Report of the Indian Hemp Drugs Commission, 1894-1895 - Volume II
Year: 1894
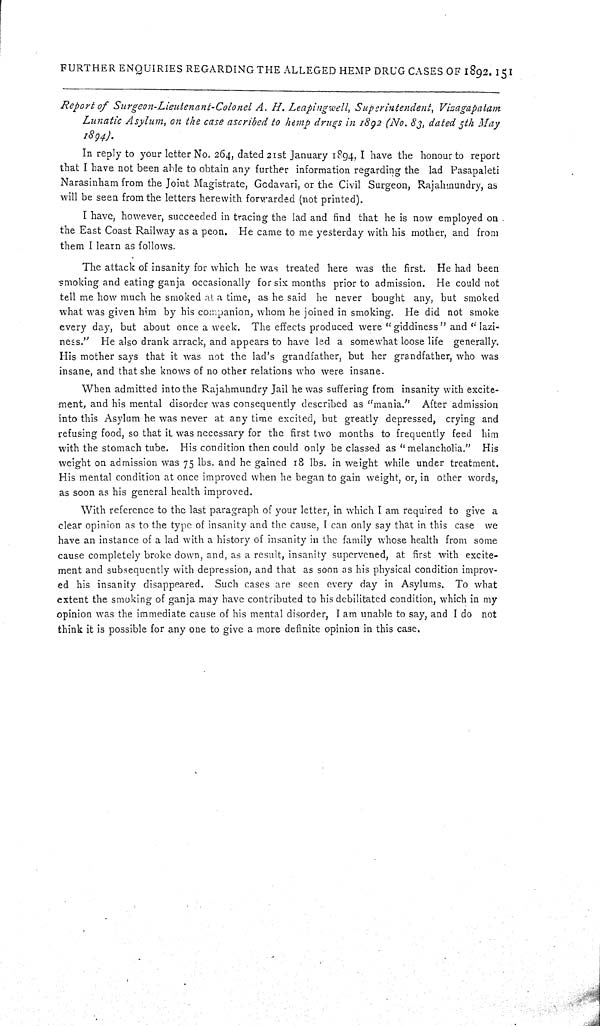
FURTHER ENQUIRIES REGARDING THE ALLEGED HEMP DRUG CASES OF 1892. 151
Report of Surgeon-Lieutenant-Colonel
A. H. Leapingwell, Superintendent,
Vizagapatam
Lunatic Asylum, on the case ascribed to hemp drugs in 1892 (No. 83, dated 5th May
1894).
In reply to your letter No. 264, dated 21st January 1894, I have the honour to report
that I have not been able to obtain any further information regarding the lad Pasapaleti
Narasinham from the Joint Magistrate, Godavari, or the Civil Surgeon, Rajahmundry, as
will be seen from the letters herewith forwarded (not printed).
I have, however, succeeded in tracing the lad and find that he is now employed on .
the East Coast Railway as a peon. He came to me yesterday with his mother, and from
them I learn as follows.
The attack of insanity for which he was treated here was the first. He had been
smoking and eating ganja occasionally for six months prior to admission. He could not
tell me how much he smoked at a time, as he said he never bought any, but smoked
what was given him by his companion, whom he joined in smoking. He did not smoke
every day, but about once a week. The effects produced were "giddiness" and "lazi-
ness." He also drank arrack, and appears to have led a somewhat loose life generally.
His mother says that it was not the lad's grandfather, but her grandfather, who was
insane, and that she knows of no other relations who were insane.
When admitted into the Rajahmundry Jail he was suffering from insanity with excite-
ment, and his mental disorder was consequently described as "mania." After admission
into this Asylum he was never at any time excited, but greatly depressed, crying and
refusing food, so that it was necessary for the first two months to frequently feed him
with the stomach tube. His condition then could only be classed as "melancholia." His
weight on admission was 75 lbs. and he gained 18 lbs. in weight while under treatment.
His mental condition at once improved when he began to gain weight, or, in other words,
as soon as his general health improved.
With reference to the last paragraph of your letter, in which I am required to give a
clear opinion as to the type of insanity and the cause, I can only say that in this case we
have an instance of a lad with a history of insanity in the family whose health from some
cause completely broke down, and, as a result, insanity supervened, at first with excite-
ment and subsequently with depression, and that as soon as his physical condition improv-
ed his insanity disappeared. Such cases are seen every day in Asylums. To what
extent the smoking of ganja may have contributed to his debilitated condition, which in my
opinion was the immediate cause of his mental disorder, I am unable to say, and I do not
think it is possible for any one to give a more definite opinion in this case.